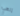
إلهي